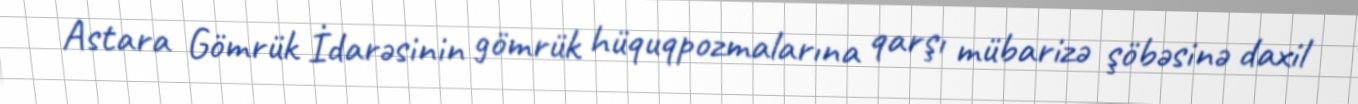
Astara Gömrük İdarəsinin gömrük hüquqpozmalarına qarşı mübarizə şöbəsinə daxil